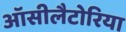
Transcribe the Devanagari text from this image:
ऑसीलैटोरिया